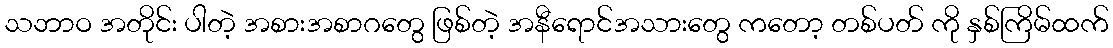
သဘာဝ အတိုင်း ပါတဲ့ အစားအစာဂတွေ ဖြစ်တဲ့ အနီရောင်အသားတွေ ကတော့ တစ်ပတ် ကို နှစ်ကြိမ်ထက်